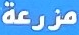
مزرعة